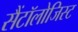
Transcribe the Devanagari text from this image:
सैंटॉलोजिस्ट